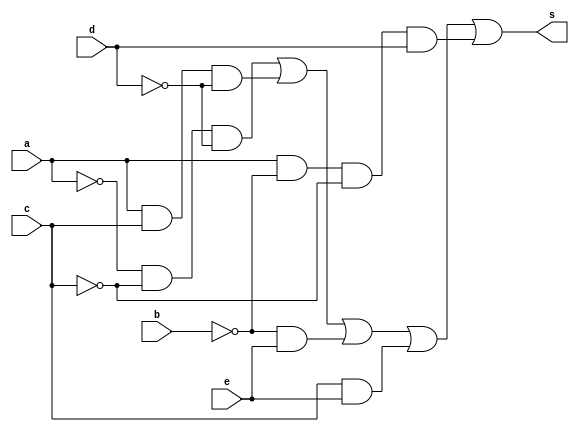
// Giselle Caroline Vieira
// Guia 08
module Karnaugh (s,a,b,c,d,e);
output s;
input a,b,c,d,e;
wire t1,t2,t3,t4,t5;


and AND1(t1,~a,~c,~d);
and AND2(t2,a,c,~d);
and AND3 (t3,~b,e);
and AND4 (t4,c,e);
and AND5 (t5,a,~b,~c,d);

or OR1 (s,t1,t2,t3,t4,t5); 


endmodule //fim Karnaugh 
module testeKarnaugh ;

wire s;
reg a,b,c,d,e;

Karnaugh Teste (s,a,b,c,d,e);

 initial begin
      $display("\na  b   c   d  e  s\n");
      $monitor("%b  %b   %b   %b  %b  %b", a, b, c, d, e, s);
  
	     a=0; b=0; c=0; d=0; e=0; 
    #1  a=0; b=0; c=0; d=0; e=1; 
    #1  a=0; b=0; c=0; d=1; e=0;
    #1  a=0; b=0; c=0; d=1; e=1;
    #1  a=0; b=0; c=1; d=0; e=0;
 	 #1  a=0; b=0; c=1; d=0; e=1;
    #1  a=0; b=0; c=1; d=1; e=0;
    #1  a=0; b=0; c=1; d=1; e=1;
    #1  a=0; b=1; c=0; d=0; e=0;
    #1  a=0; b=1; c=0; d=0; e=1;
    #1  a=0; b=1; c=0; d=1; e=0;
    #1  a=0; b=1; c=0; d=1; e=1;
    #1  a=0; b=1; c=1; d=0; e=0;
    #1  a=0; b=1; c=1; d=0; e=1;
    #1  a=0; b=1; c=1; d=1; e=0;
    #1  a=0; b=1; c=1; d=1; e=1;
    #1  a=1; b=0; c=0; d=0; e=0;
    #1  a=1; b=0; c=0; d=0; e=1;
    #1  a=1; b=0; c=0; d=1; e=0;
    #1  a=1; b=0; c=0; d=1; e=1;
    #1  a=1; b=0; c=1; d=0; e=0;
    #1  a=1; b=0; c=1; d=0; e=1;
    #1  a=1; b=0; c=1; d=1; e=0;
    #1  a=1; b=0; c=1; d=1; e=1;
    #1  a=1; b=1; c=0; d=0; e=0;
    #1  a=1; b=1; c=0; d=0; e=1;
    #1  a=1; b=1; c=0; d=1; e=0;
    #1  a=1; b=1; c=0; d=1; e=1;
    #1  a=1; b=1; c=1; d=0; e=0;
    #1  a=1; b=1; c=1; d=0; e=1;
    #1  a=1; b=1; c=1; d=1; e=0;
    #1  a=1; b=1; c=1; d=1; e=1;
   
        
    end
    endmodule